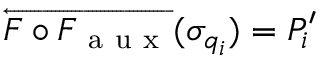
\overleftarrow { F \circ F _ { \mathrm { ~ a ~ u ~ x ~ } } } ( \sigma _ { q _ { i } } ) = P _ { i } ^ { \prime }